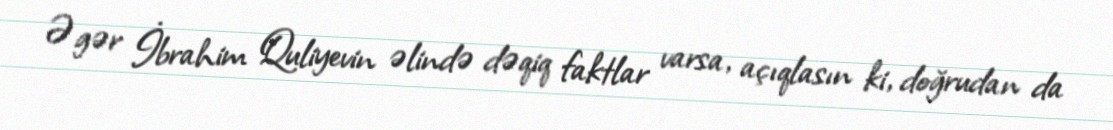
Əgər İbrahim Quliyevin əlində dəqiq faktlar varsa, açıqlasın ki, doğrudan da